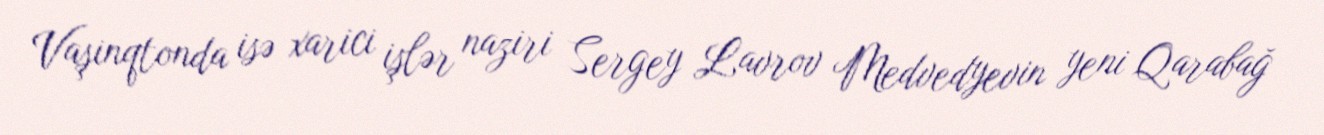
Vaşinqtonda isə xarici işlər naziri Sergey Lavrov Medvedyevin yeni Qarabağ